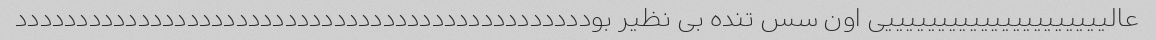
عالیییییییییییییییییییییی اون سس تنده بی نظیر بوددددددددددددددددددددددددددددددددددددددددددددددد